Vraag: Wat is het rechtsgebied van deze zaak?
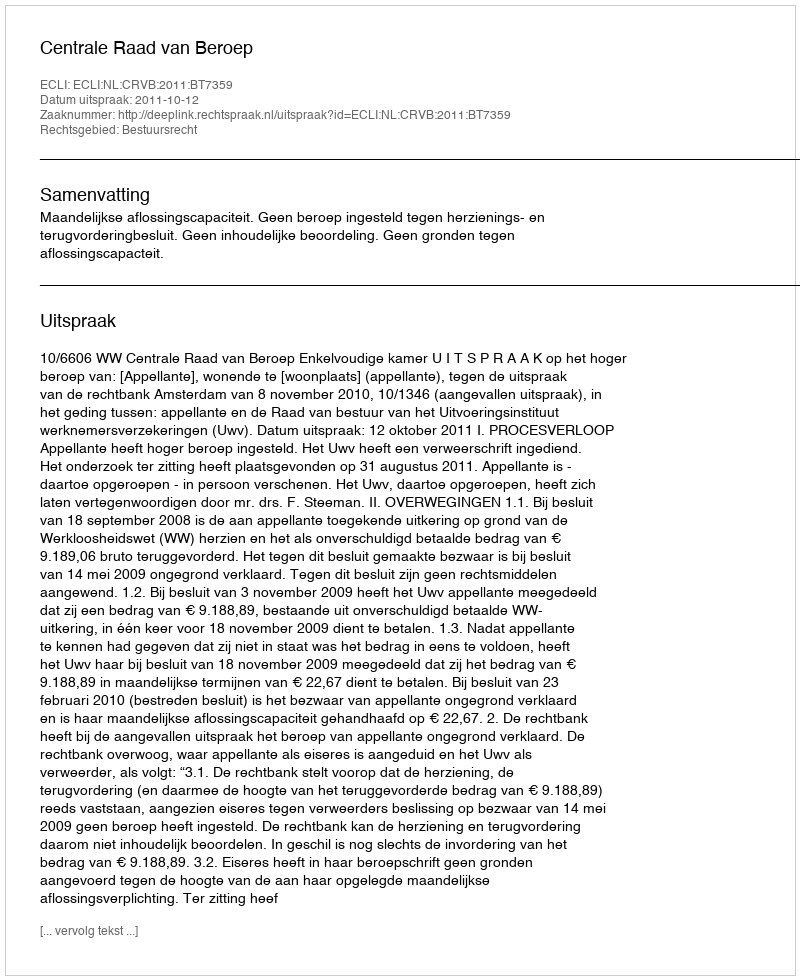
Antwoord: Bestuursrecht